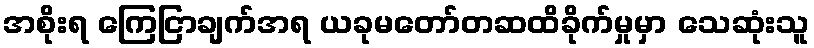
အစိုးရ ကြေငြာချက်အရ ယခုမတော်တဆထိခိုက်မှုမှာ သေဆုံးသူ